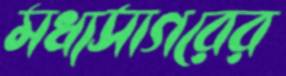
মধ্যসাগরের